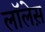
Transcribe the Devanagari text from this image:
लाॅलेस़